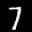
Label: 7